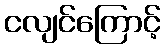
ငလျင်ကြောင့်